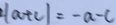
\vert a + c \vert = - a - c